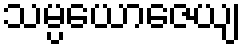
သမ္ပယောဇေယျ